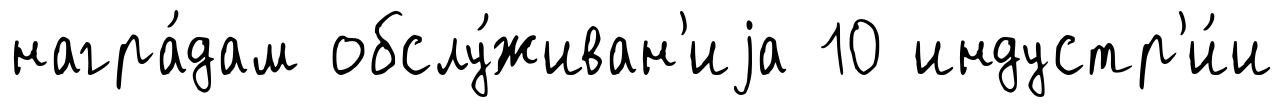
награ́дам обслу́живан'иjа 10 индустр'и́и